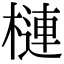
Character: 槤